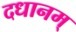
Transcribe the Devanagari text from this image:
दधानम्‌